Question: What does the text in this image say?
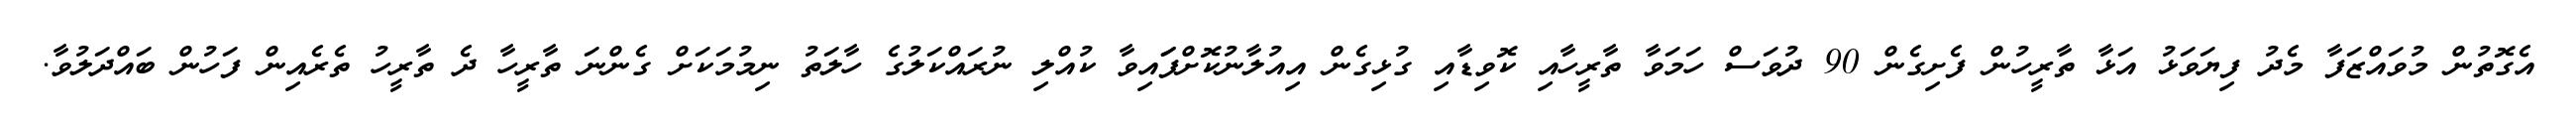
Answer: އެގޮތުން މުވައްޒަފާ މެދު ފިޔަވަޅު އަޅާ ތާރީހުން ފެށިގެން 90 ދުވަސް ހަމަވާ ތާރީހާއި ކޮވިޑާއި ގުޅިގެން އިއުލާނުކޮށްފަައިވާ ކުއްލި ނުރައްކަލުގެ ހާލަތު ނިމުމަކަށް ގެންނަ ތާރީހާ ދެ ތާރީހު ތެރެއިން ފަހުން ބައްދަލުވާ.